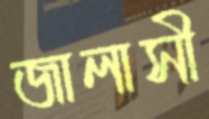
জালাসী